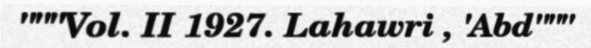
"""Vol. II 1927. Lahawri , 'Abd"""